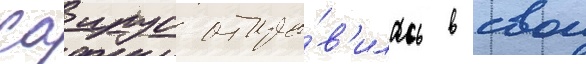
Саирус отпра́в'илась в свои